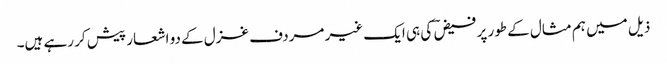
ذیل میں ہم مثال کے طور پر فیض ؔ کی ہی ایک غیر مردف غزل کے دو اشعار پیش کر رہے ہیں۔